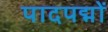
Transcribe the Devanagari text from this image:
पादपद्मों